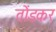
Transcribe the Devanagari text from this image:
तोंडकर